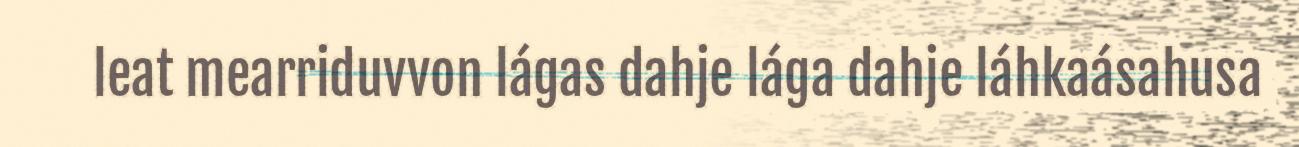
leat mearriduvvon lágas dahje lága dahje láhkaásahusa